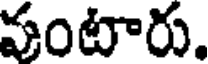
పంటారు.